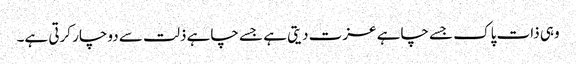
وہی ذات پاک جسے چاہے عزت دیتی ہے جسے چاہے ذلت سے دوچار کرتی ہے۔